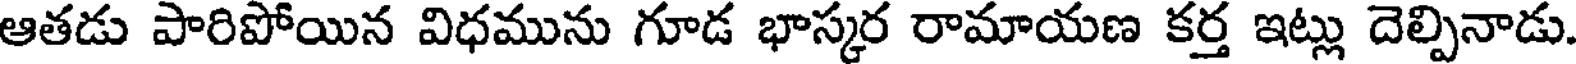
ఆతడు పారిపోయిన విధమును గూడ భాస్కర రామాయణ కర్త ఇట్లు దెల్పినాడు.